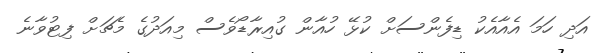
އަދި ހަމަ އެއާއެކު ޑިފެންސަށް ކުޅޭ ހުއާން ގުއިރާޑޯވެސް މިއަދުގެ މެޗަށް ފިޓުވާނެ